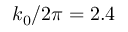
k _ { 0 } / 2 \protect \pi = 2 . 4